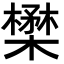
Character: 𪴈